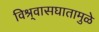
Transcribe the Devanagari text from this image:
विश्र्वासघातामुळे